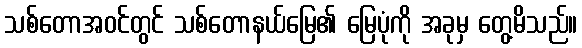
သစ်တောအဝင်တွင် သစ်တောနယ်မြေ၏ မြေပုံကို အခုမှ တွေ့မိသည်။